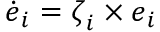
\dot { \boldsymbol { e } } _ { i } = \boldsymbol { \zeta } _ { i } \times \boldsymbol { e } _ { i }